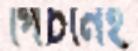
পিচনেই